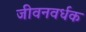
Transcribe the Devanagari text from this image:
जीवनवर्धक